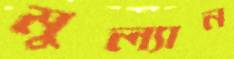
মুল্যান